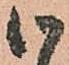
候